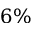
6 \%